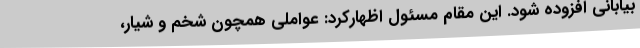
بیابانی افزوده شود. این مقام مسئول اظهارکرد: عواملی همچون شخم و شیار،